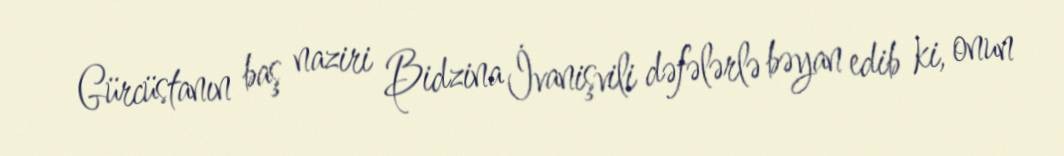
Gürcüstanın baş naziri Bidzina İvanişvili dəfələrlə bəyan edib ki, onun